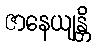
ဇာနေယျန္တိ